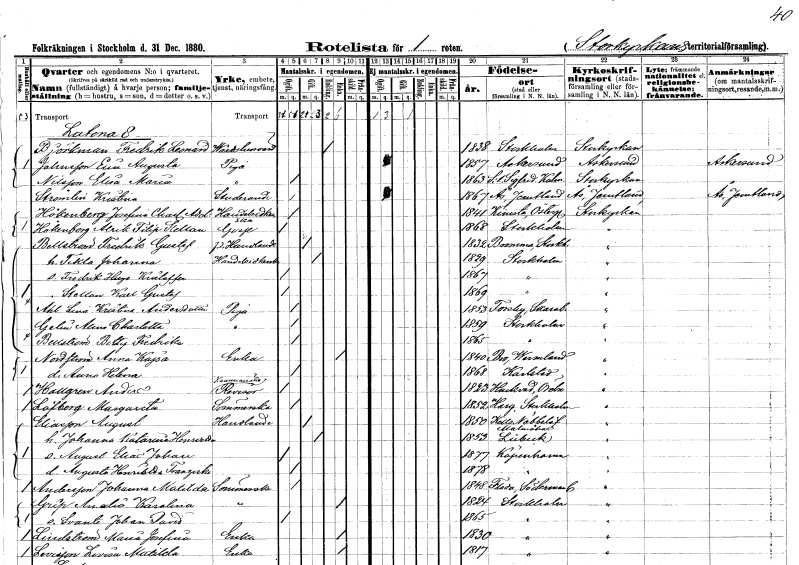
gt_parse: households: individuals: FN: Fredrik Leonard
EN: Björkman
YRKE: Värdshusvärd
KON: M
CIV: E
FODAR: 1838
FODFORS: Stockholm
FN: Elin Augusta
EN: Johnsson
YRKE: Piga
KON: K
CIV: O
FODAR: 1857
FODFORS: Askersund Örebro län
FN: Elisa Maria
EN: Nilsson
YRKE: Piga
KON: K
CIV: O
FODAR: 1863
FODFORS: Sankt Sigfrid Kalmar län
FN: Kristina
EN: Strömlin
YRKE: Studerande
KON: K
CIV: O
FODAR: 1867
FODFORS: Ås Jämtlands län
FN: Josefina Charlotta Adolfina
EN: Hökenberg
YRKE: Handelsidkerska
KON: K
CIV: O
FODAR: 1841
FODFORS: Kimstad Östergötlands län
FN: Alrik Filip Stellan
EN: Hökenberg
KON: M
CIV: O
FODAR: 1868
FODFORS: Stockholm
FN: Fredrik Gustaf
EN: Bellström
YRKE: Handlande f.d.
KON: M
CIV: G
FODAR: 1832
FODFORS: Bromma Stockholms län
FN: Tekla Johanna
YRKE: Handelsidkerksa
KON: K
CIV: G
FODAR: 1829
FODFORS: Stockholm
FN: Fredrik Hugo Kristoffer
KON: M
CIV: O
FODAR: 1867
FODFORS: Stockholm
FN: Stellan Karl Gustaf
KON: M
CIV: O
FODAR: 1869
FODFORS: Stockholm
FN: Lena Kristina
EN: Ahl Andersdotter
YRKE: Piga
KON: K
CIV: O
FODAR: 1853
FODFORS: Forsby Skaraborgs län
FN: Alina Charlotta
EN: Gelin
YRKE: Piga
KON: K
CIV: O
FODAR: 1859
FODFORS: Stockholm
FN: Betty Fredrika
EN: Bellström
KON: K
CIV: O
FODAR: 1865
FODFORS: Stockholm
FN: Anna Kajsa
EN: Nordström
YRKE: Änka
KON: K
CIV: E
FODAR: 1840
FODFORS: Bro Värmlands län
FN: Anna Helena
KON: K
CIV: O
FODAR: 1868
FODFORS: Karlstad Värmlands län
FN: Anders
EN: Hallgren
YRKE: Kammarrättsrevisor
KON: M
CIV: O
FODAR: 1823
FODFORS: Hackvad Örebro län
FN: Margareta
EN: Löfberg
YRKE: Sömmerska
KON: K
CIV: O
FODAR: 1852
FODFORS: Harg Uppsala län
FN: August
EN: Eliasson
YRKE: Handlande
KON: M
CIV: G
FODAR: 1850
FODFORS: Nöbbelöv Malmöhus län
FN: Johanna Katarina Henrietta
KON: K
CIV: G
FODAR: 1853
FN: August Elias Johan
KON: M
CIV: O
FODAR: 1877
FN: Augusta Henrietta Franziska
KON: K
CIV: O
FODAR: 1878
FN: Johanna Matilda
EN: Andersson
YRKE: Sömmerska
KON: K
CIV: O
FODAR: 1848
FODFORS: Floda Södermanlands län
FN: Amalia Karolina
EN: Grip
YRKE: Sömmerska
KON: K
CIV: E
FODAR: 1824
FODFORS: Stockholm
FN: Svante Johan David
KON: M
CIV: O
FODAR: 1865
FODFORS: Stockholm